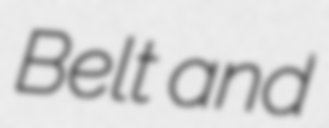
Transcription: Belt and